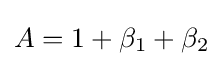
A=1+\beta _{1}+\beta _{2}